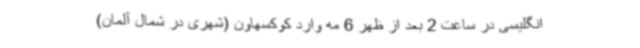
انگلیسی در ساعت 2 بعد از ظهر 6 مه وارد کوکسهاون (شهری در شمال آلمان)